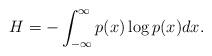
LaTeX: \begin{align*}H=-\int_{-\infty}^{\infty} p(x) \log p(x) dx. \end{align*}